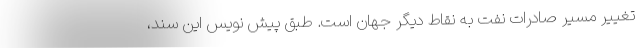
تغییر مسیر صادرات نفت به نقاط دیگر جهان است. طبق پیش نویس این سند،